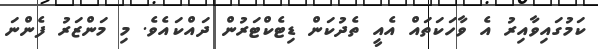
ކަމުގައިވާއިރު އެ ވާހަކަތައް އެއީ ތެދުކަން ޑިޓެކްޓަރުން ދައްކައެވެ. މި މަންޒަރު ފެންނަ